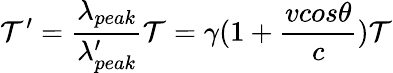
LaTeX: \mathcal{T}^{\prime}=\frac{{\lambda_{peak}}}{{\lambda_{peak}^{\prime}}}\mathcal{T}=\gamma(1+\frac{{vcos\theta}}{{c}})\mathcal{T}